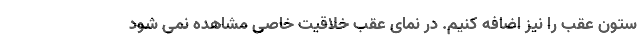
ستون عقب را نیز اضافه کنیم. در نمای عقب خلاقیت خاصی مشاهده نمی شود